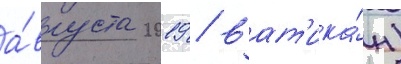
а́вгуста 2019 / ват'ика́н)